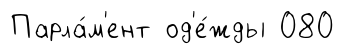
Парла́м'ент од'е́жды 080